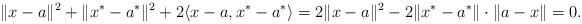
LaTeX: \begin{align*}\|x-a\|^2+\|x^*-a^*\|^2+2\langle x-a, x^*-a^*\rangle=2\|x-a\|^2-2\|x^*-a^*\|\cdot\|a-x\|=0.\end{align*}